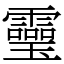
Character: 𩆜